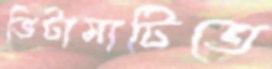
ভিটামাটিতে